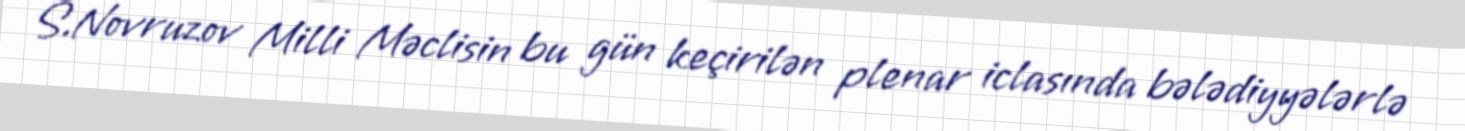
S.Novruzov Milli Məclisin bu gün keçirilən plenar iclasında bələdiyyələrlə